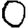
Digit: 0